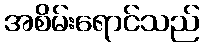
အစိမ်းရောင်သည်